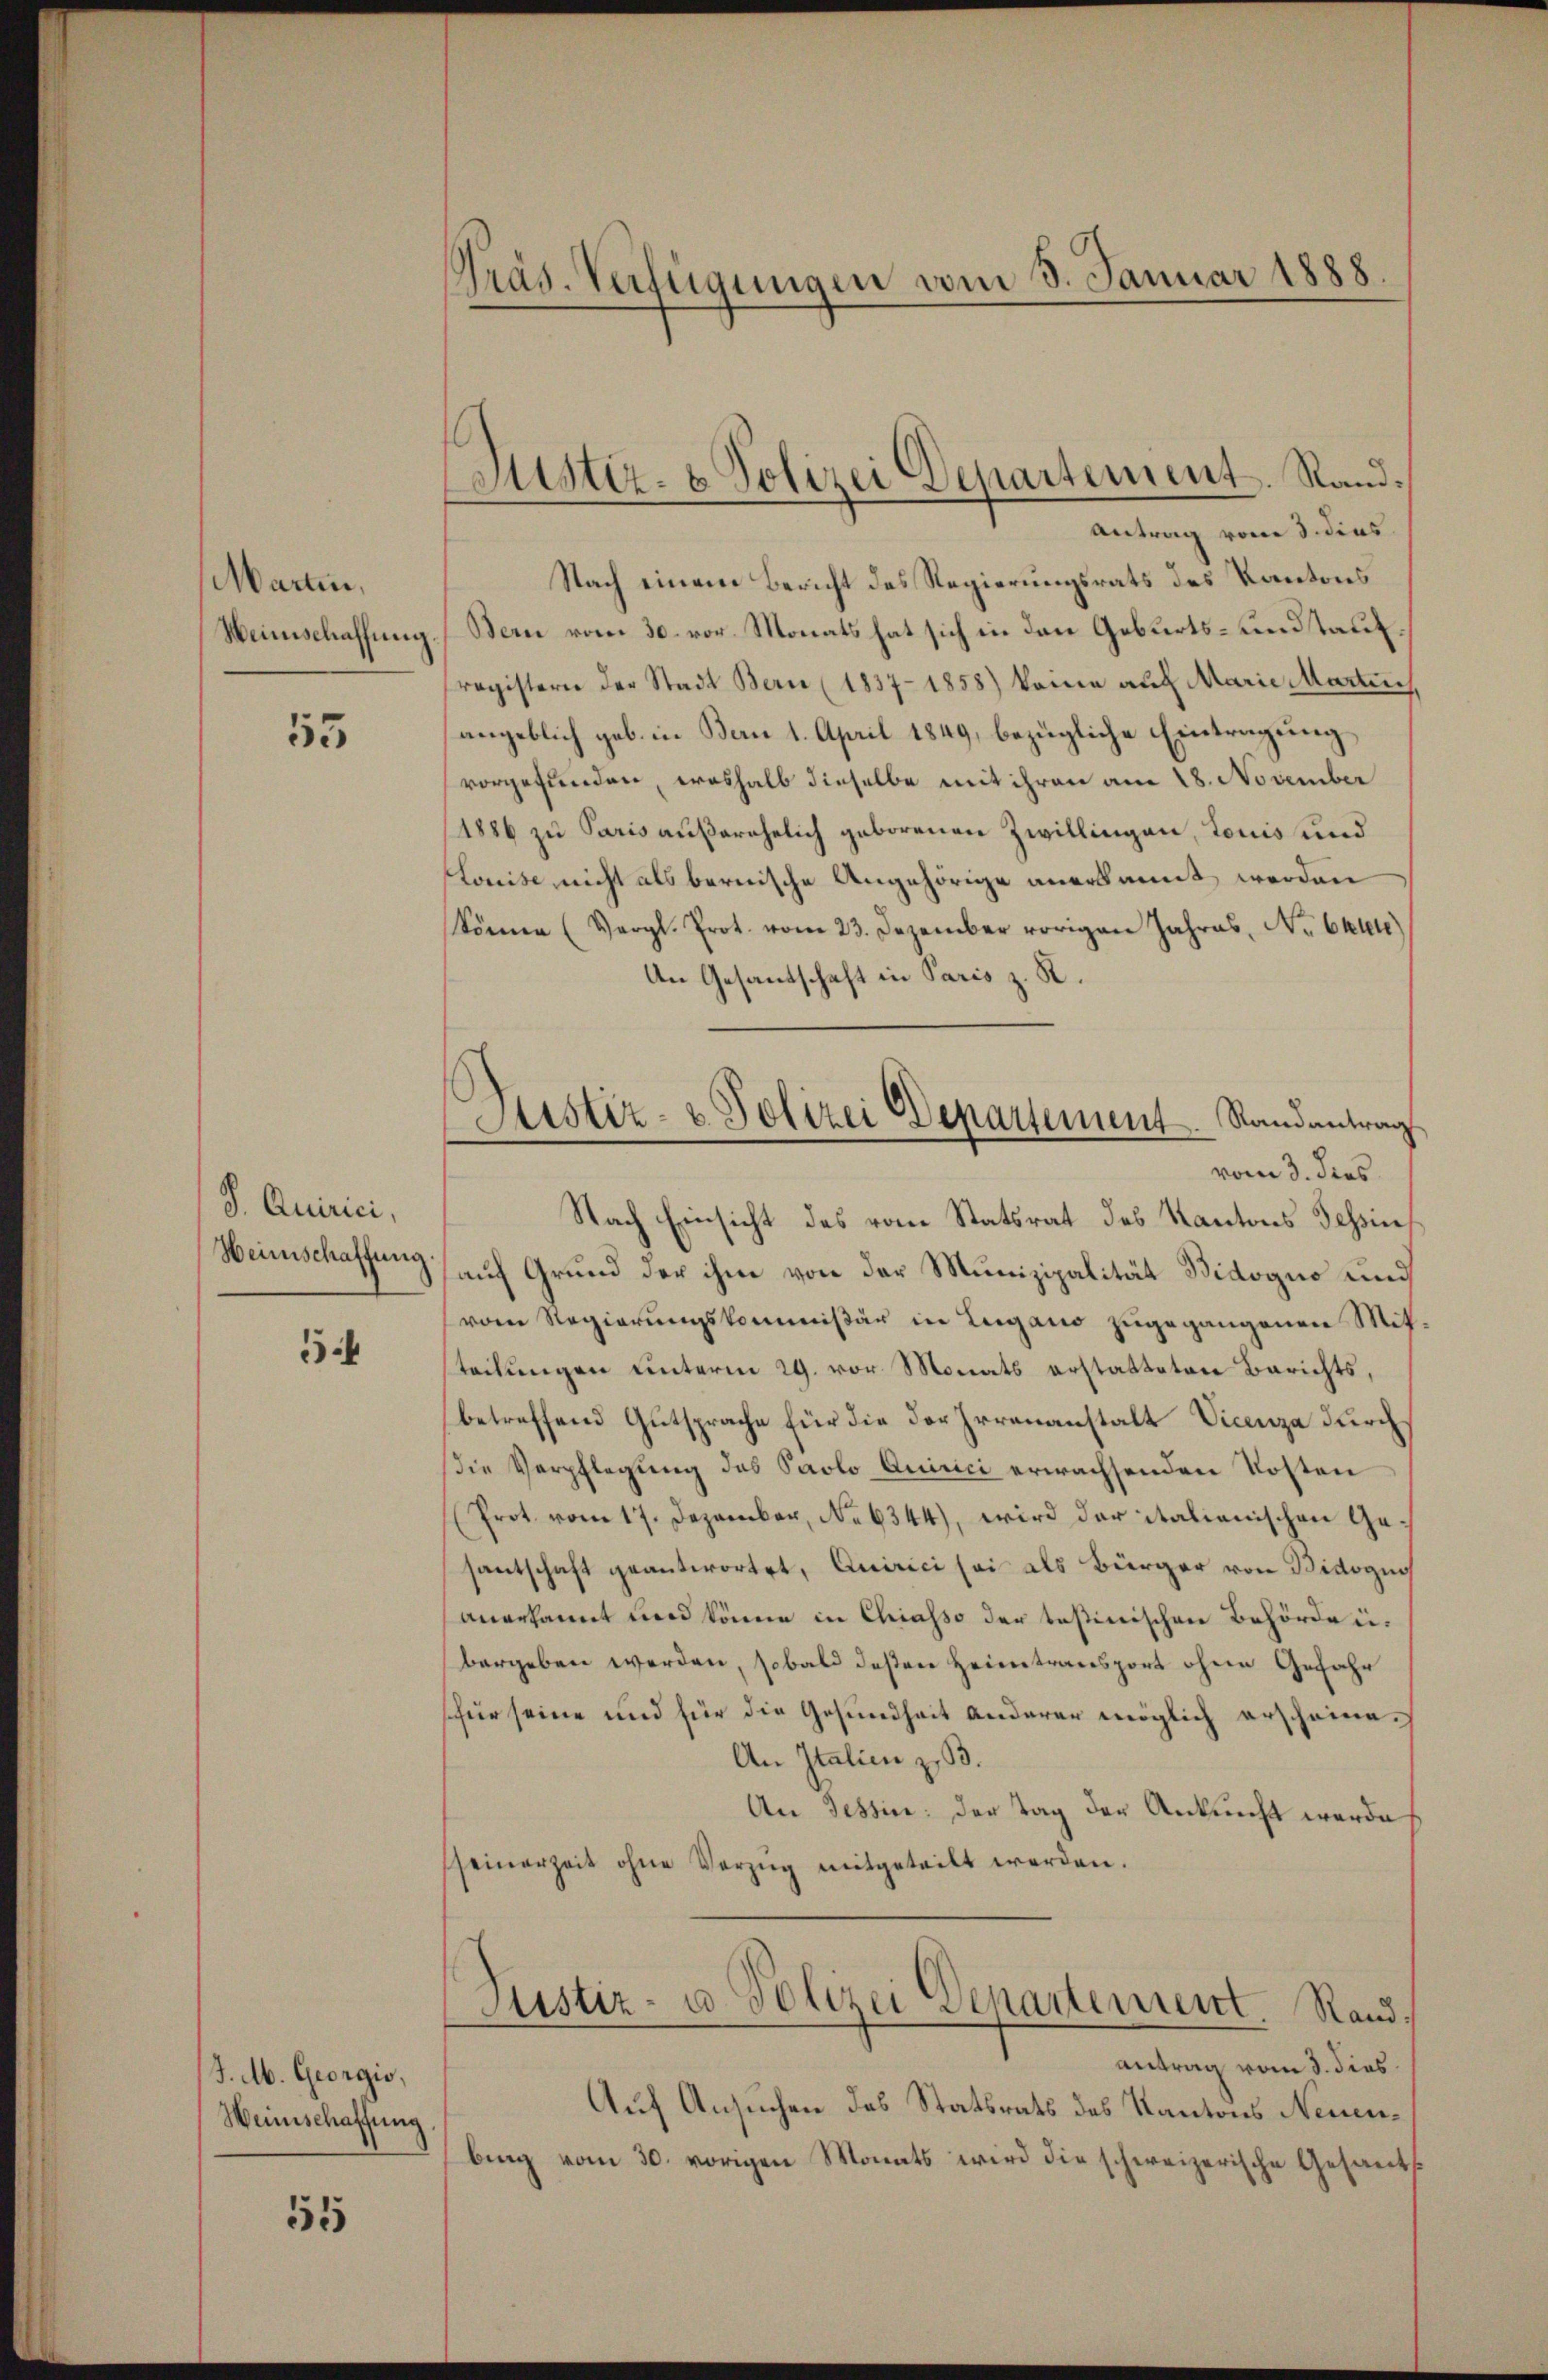
Marin,
Weinschaffung.

55

S. Quirici,
Weinschaffung

5

/J.M. Georgio,
Weinschaffung.

51

Präs. Verfügungen vom 3. Januar 1888.

Sistiz- & Polizei Departement. Rand¬
Antrag vom 3. dies

Justiz- & Polizei Departement Randantrag

Nach einem Bericht des Regierungsrats des Kantons
Bern vom 30. vor. Monats hat sich in den Geburts- und Taufregistern der Stadt Bern (1837-1858) könne auf Marie Marten
angeblich geb. in Bern 1. April 1849, bezügliche Eintragung
vorgefunden, weshalb dieselbe mit ihren am 28. November
(1886 zu Paris außerehelich geborenen Zwillingen, touis und
Louise nicht als bernische Angehörige anerkannt werden
könne (Vergl. Prot. vom 23. Dezember vorigen Jahres, Nr. 6kten)
An Gesandtschaft in Paris z. R.
vom 3. ders
Nach Einsicht des vom Statsrat des Kantons Tessin
auf Grund der ihm von der Munizipalität Bidogus und
vom Regierungskommißär in Lugano zugegangenen Mitteilungen unterm 29. vor Monats erstatteten Berichts,
betreffend Gutsprache für die der Irrenanstalt Vicenza durch
Die Verpflegung des Paolo Quirici erwachsenden Kosten
Prot. vom 17. Dezember, No 6344), wird der italienischen Gesantschaft geantwortet, Quirici sei als Bürger von Bidogin
anerkannt und könne in Chiasso der testinischen Behörde u.
bergeben werden, sobald deßen Heimtransport ohne Gefahr
sfür seine und für die Gesundheit anderer möglich erscheine¬
An Italien z. B.
An Tessin: der Tag der Ankunft werde
seinerzeit ohne Vorzŭg mitgeteilt werden.
Justiz- u. Polizei Departement. Rand.
antrag vom 3. dies
Auf Ansuchen des Statsrats des Kantons Neuenbing vom 30. vorigen Monats wird die schweizerische Gesants¬